Report of the Indian Hemp Drugs Commission, 1894-1895 - Volume VIII
Year: 1894
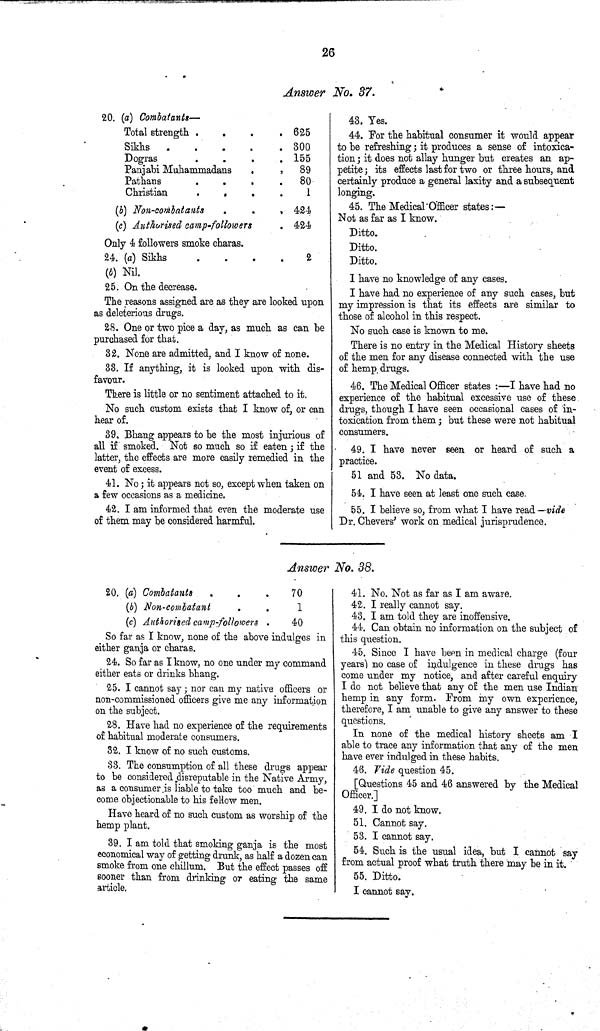
26
Answer No. 37.
20. (a) Combatants—
Total strength
625
Sikhs
300
Dogras
155
Panjabi Muhammadans
89
Pathans
80
Christian
1
(b) Non-combatants
424
(c) Authorised camp-followers
424
Only 4 followers smoke charas.
24. (a) Sikhs
2
(b) Nil.
25. On the decrease.
The reasons assigned are as they are looked upon
as deleterious drugs.
28. One or two pice a day, as much as can be
purchased for that.
32. None are admitted, and I know of none.
33. If anything, it is looked upon with dis-
favour.
There is little or no sentiment attached to it.
No such custom exists that I know of, or can
hear of.
39. Bhang appears to be the most injurious of
all if smoked. Not so much so if eaten; if the
latter, the effects are more easily remedied in the
event of excess.
41. No; it appears not so, except when taken on
a few occasions as a medicine.
42. I am informed that even the moderate use
of them may be considered harmful.
43. Yes.
44. For the habitual consumer it would appear
to be refreshing; it produces a sense of intoxica-
tion; it does not allay hunger but creates an ap-
petite; its effects last for two or three hours, and
certainly produce a general laxity and a subsequent
longing.
45. The Medical Officer states:—
Not as far as I know.
Ditto.
Ditto.
Ditto.
I have no knowledge of any cases.
I have had no experience of any such cases, but
my impression is that its effects are similar to
those of alcohol in this respect.
No such case is known to me.
There is no entry in the Medical History sheets
of the men for any disease connected with the use
of hemp drugs.
46. The Medical Officer states:—I have had no
experience of the habitual excessive use of these
drugs, though I have seen occasional cases of in-
toxication from them; but these were not habitual
consumers.
49. I have never seen or heard of such a
practice.
51 and 53. No data.
54. I have seen at least one such case.
55. I believe so, from what I have read—vide
Dr. Chevers' work on medical jurisprudence.
Answer No. 38.
20. (a) Combatants
70
(b) Non-combatant
1
(c) Authorised camp-followers
40
So far as I know, none of the above indulges in
either ganja or charas.
24. So far as I know, no one under my command
either eats or drinks bhang.
25. I cannot say; nor can my native officers or
non-commissioned officers give me any information
on the subject.
28. Have had no experience of the requirements
of habitual moderate consumers.
32. I know of no such customs.
33. The consumption of all these drugs appear
to be considered disreputable in the Native Army,
as a consumer is liable to take too much and be-
come objectionable to his fellow men.
Have heard of no such custom as worship of the
hemp plant.
39. I am told that smoking ganja is the most
economical way of getting drunk, as half a dozen can
smoke from one chillum. But the effect passes off
sooner than from drinking or eating the same
article.
41. No. Not as far as I am aware.
42. I really cannot say.
43. I am told they are inoffensive.
44. Can obtain no information on the subject of
this question.
45. Since I have been in medical charge (four
years) no case of indulgence in these drugs has
come under my notice, and after careful enquiry
I do not believe that any of the men use Indian
hemp in any form. From my own experience,
therefore, I am unable to give any answer to these
questions.
In none of the medical history sheets am I
able to trace any information that any of the men
have ever indulged in these habits.
46. Vide question 45.
[Questions 45 and 46 answered by the Medical
Officer.]
49. I do not know.
51. Cannot say.
53. I cannot say.
54. Such is the usual idea, but I cannot say
from actual proof what truth there may be in it.
55. Ditto.
I cannot say.